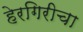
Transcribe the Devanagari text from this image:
हेरगिरीचा